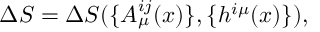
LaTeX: \Delta S = \Delta S ( \{ A _ { \mu } ^ { i j } ( x ) \} , \{ h ^ { i \mu } ( x ) \} ) ,